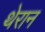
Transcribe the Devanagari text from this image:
थेरान